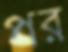
পর